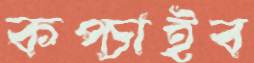
কপ্‌চাইব